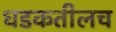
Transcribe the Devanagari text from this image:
धडकतीलच